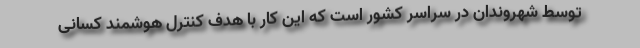
توسط شهروندان در سراسر کشور است که این کار با هدف کنترل هوشمند کسانی